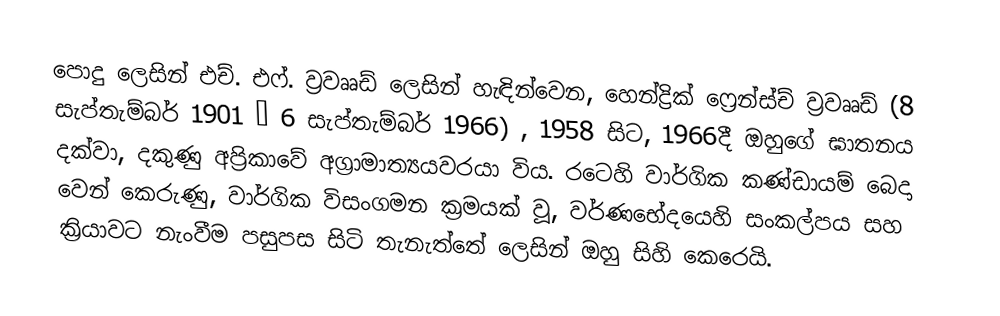
පොදු ලෙසින් එච්. එෆ්. ව්‍රවෲඩ් ලෙසින් හැඳින්වෙන, හෙන්ද්‍රික් ෆ්‍රෙන්ස්ච් ව්‍රවෲඩ් (8 සැප්තැම්බර් 1901 – 6 සැප්තැම්බර් 1966) , 1958 සිට, 1966දී ඔහුගේ ඝාතනය දක්වා,  දකුණු අප්‍රිකාවේ අග්‍රාමාත්‍යයවරයා විය. රටෙහි වාර්ගික කණ්ඩායම් බෙදා වෙන් කෙරුණු, වාර්ගික විසංගමන ක්‍රමයක් වූ, වර්ණභේදයෙහි සංකල්පය සහ ක්‍රියාවට නැංවීම පසුපස සිටි තැනැත්තේ ලෙසින් ඔහු සිහි කෙරෙයි.